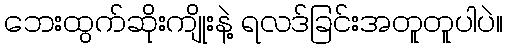
ဘေးထွက်ဆိုးကျိုးနဲ့ ရလဒ်ခြင်းအတူတူပါပဲ။